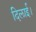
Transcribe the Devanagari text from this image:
दिलाई।